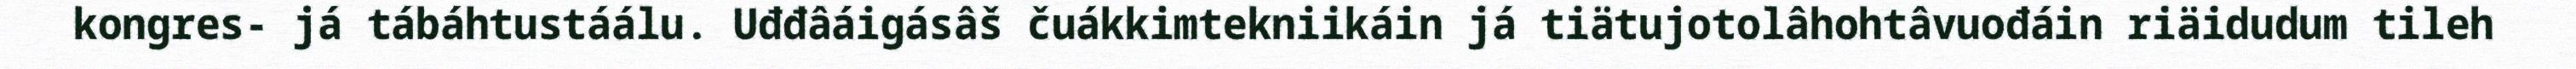
kongres- já tábáhtustáálu. Uđđâáigásâš čuákkimtekniikáin já tiätujotolâhohtâvuođáin riäidudum tileh